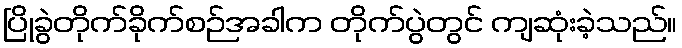
ပြိုခွဲတိုက်ခိုက်စဉ်အခါက တိုက်ပွဲတွင် ကျဆုံးခဲ့သည်။